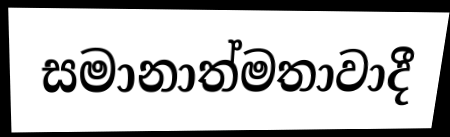
සමානාත්මතාවාදී